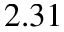
2 . 3 1